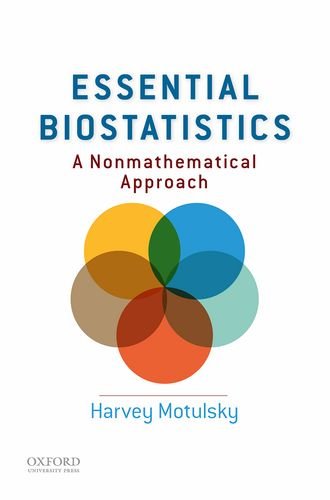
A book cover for Essential Biostatistics: A Nonmathematical Approach; Harvey Motulsky; Medical Books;